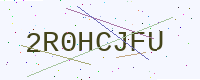
Text: 2R0HCJFU